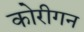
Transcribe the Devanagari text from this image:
कोरीगन